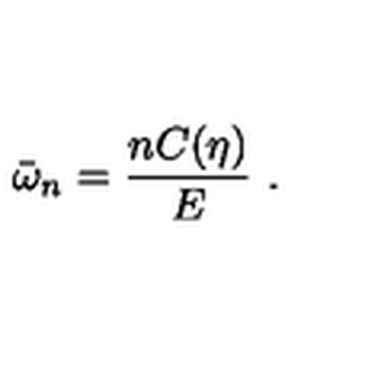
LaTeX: \bar { \omega } _ { n } = \frac { n C ( \eta ) } { E } \ .